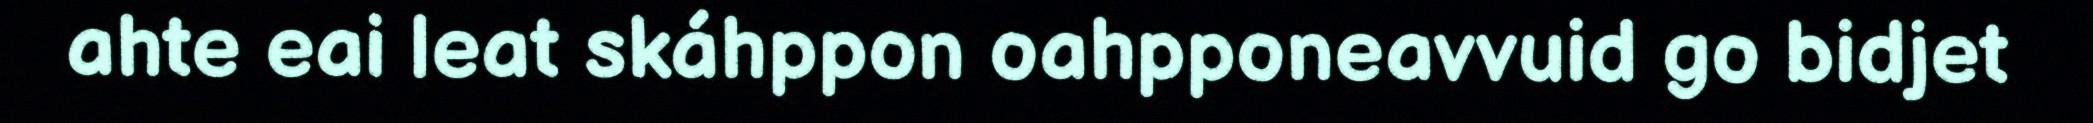
ahte eai leat skáhppon oahpponeavvuid go bidjet